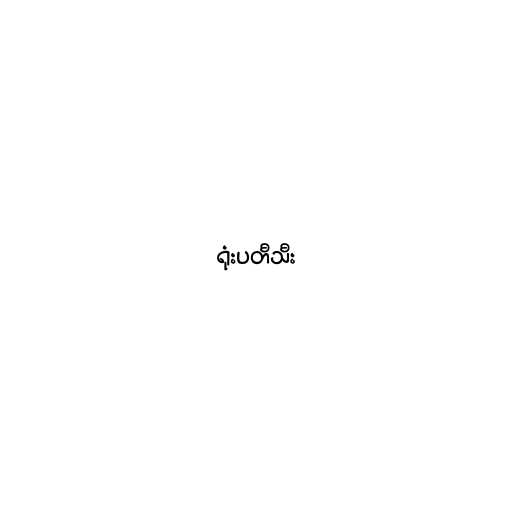
ရုံးပတီသီး